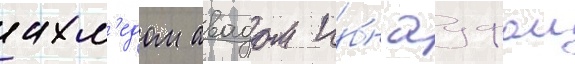
ахм'едом авадом и́бн ауфом